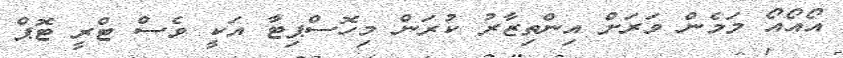
އޯއޯއޯ މަމެން ވަރަށް އިންތިޒާރު ކުރަން މިހޮސްޕިޓާ އަކީ ވެސް ޓްރީ ޓޮޕް